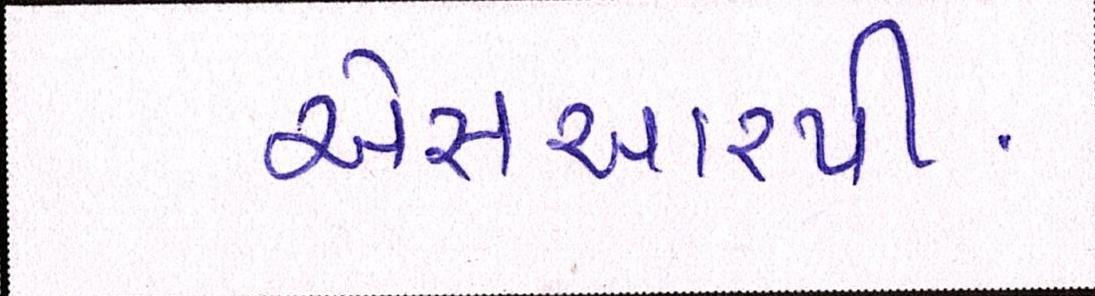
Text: એસઆરપી